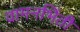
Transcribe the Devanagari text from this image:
वामनभिंती